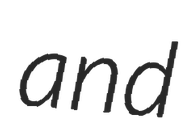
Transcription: and